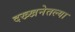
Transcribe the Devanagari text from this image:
दख्खनेतल्या